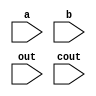
`timescale 1ns / 1ps
//////////////////////////////////////////////////////////////////////////////////
// Company: 
// Engineer: 
// 
// Design Name: 
// Module Name: halfadder
// Project Name: 
// Target Devices: 
// Tool Versions: 
// Description: 
// 
// Dependencies: 
// 
// Revision:
// Revision 0.01 - File Created
// Additional Comments:
// 
//////////////////////////////////////////////////////////////////////////////////


module halfadder(
    input a,
    input b,
    input out,
    input cout
    );
    
    assign out=a^b;
    assign cout=a&b;
    
endmodule